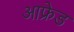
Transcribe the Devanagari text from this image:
आफ्रेड